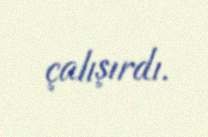
çalışırdı.